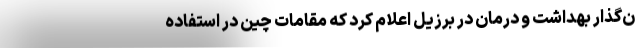
ن‌گذار بهداشت و درمان در برزیل اعلام کرد که مقامات چین در استفاده